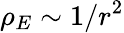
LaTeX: \rho_{E}\sim 1/r^{2}